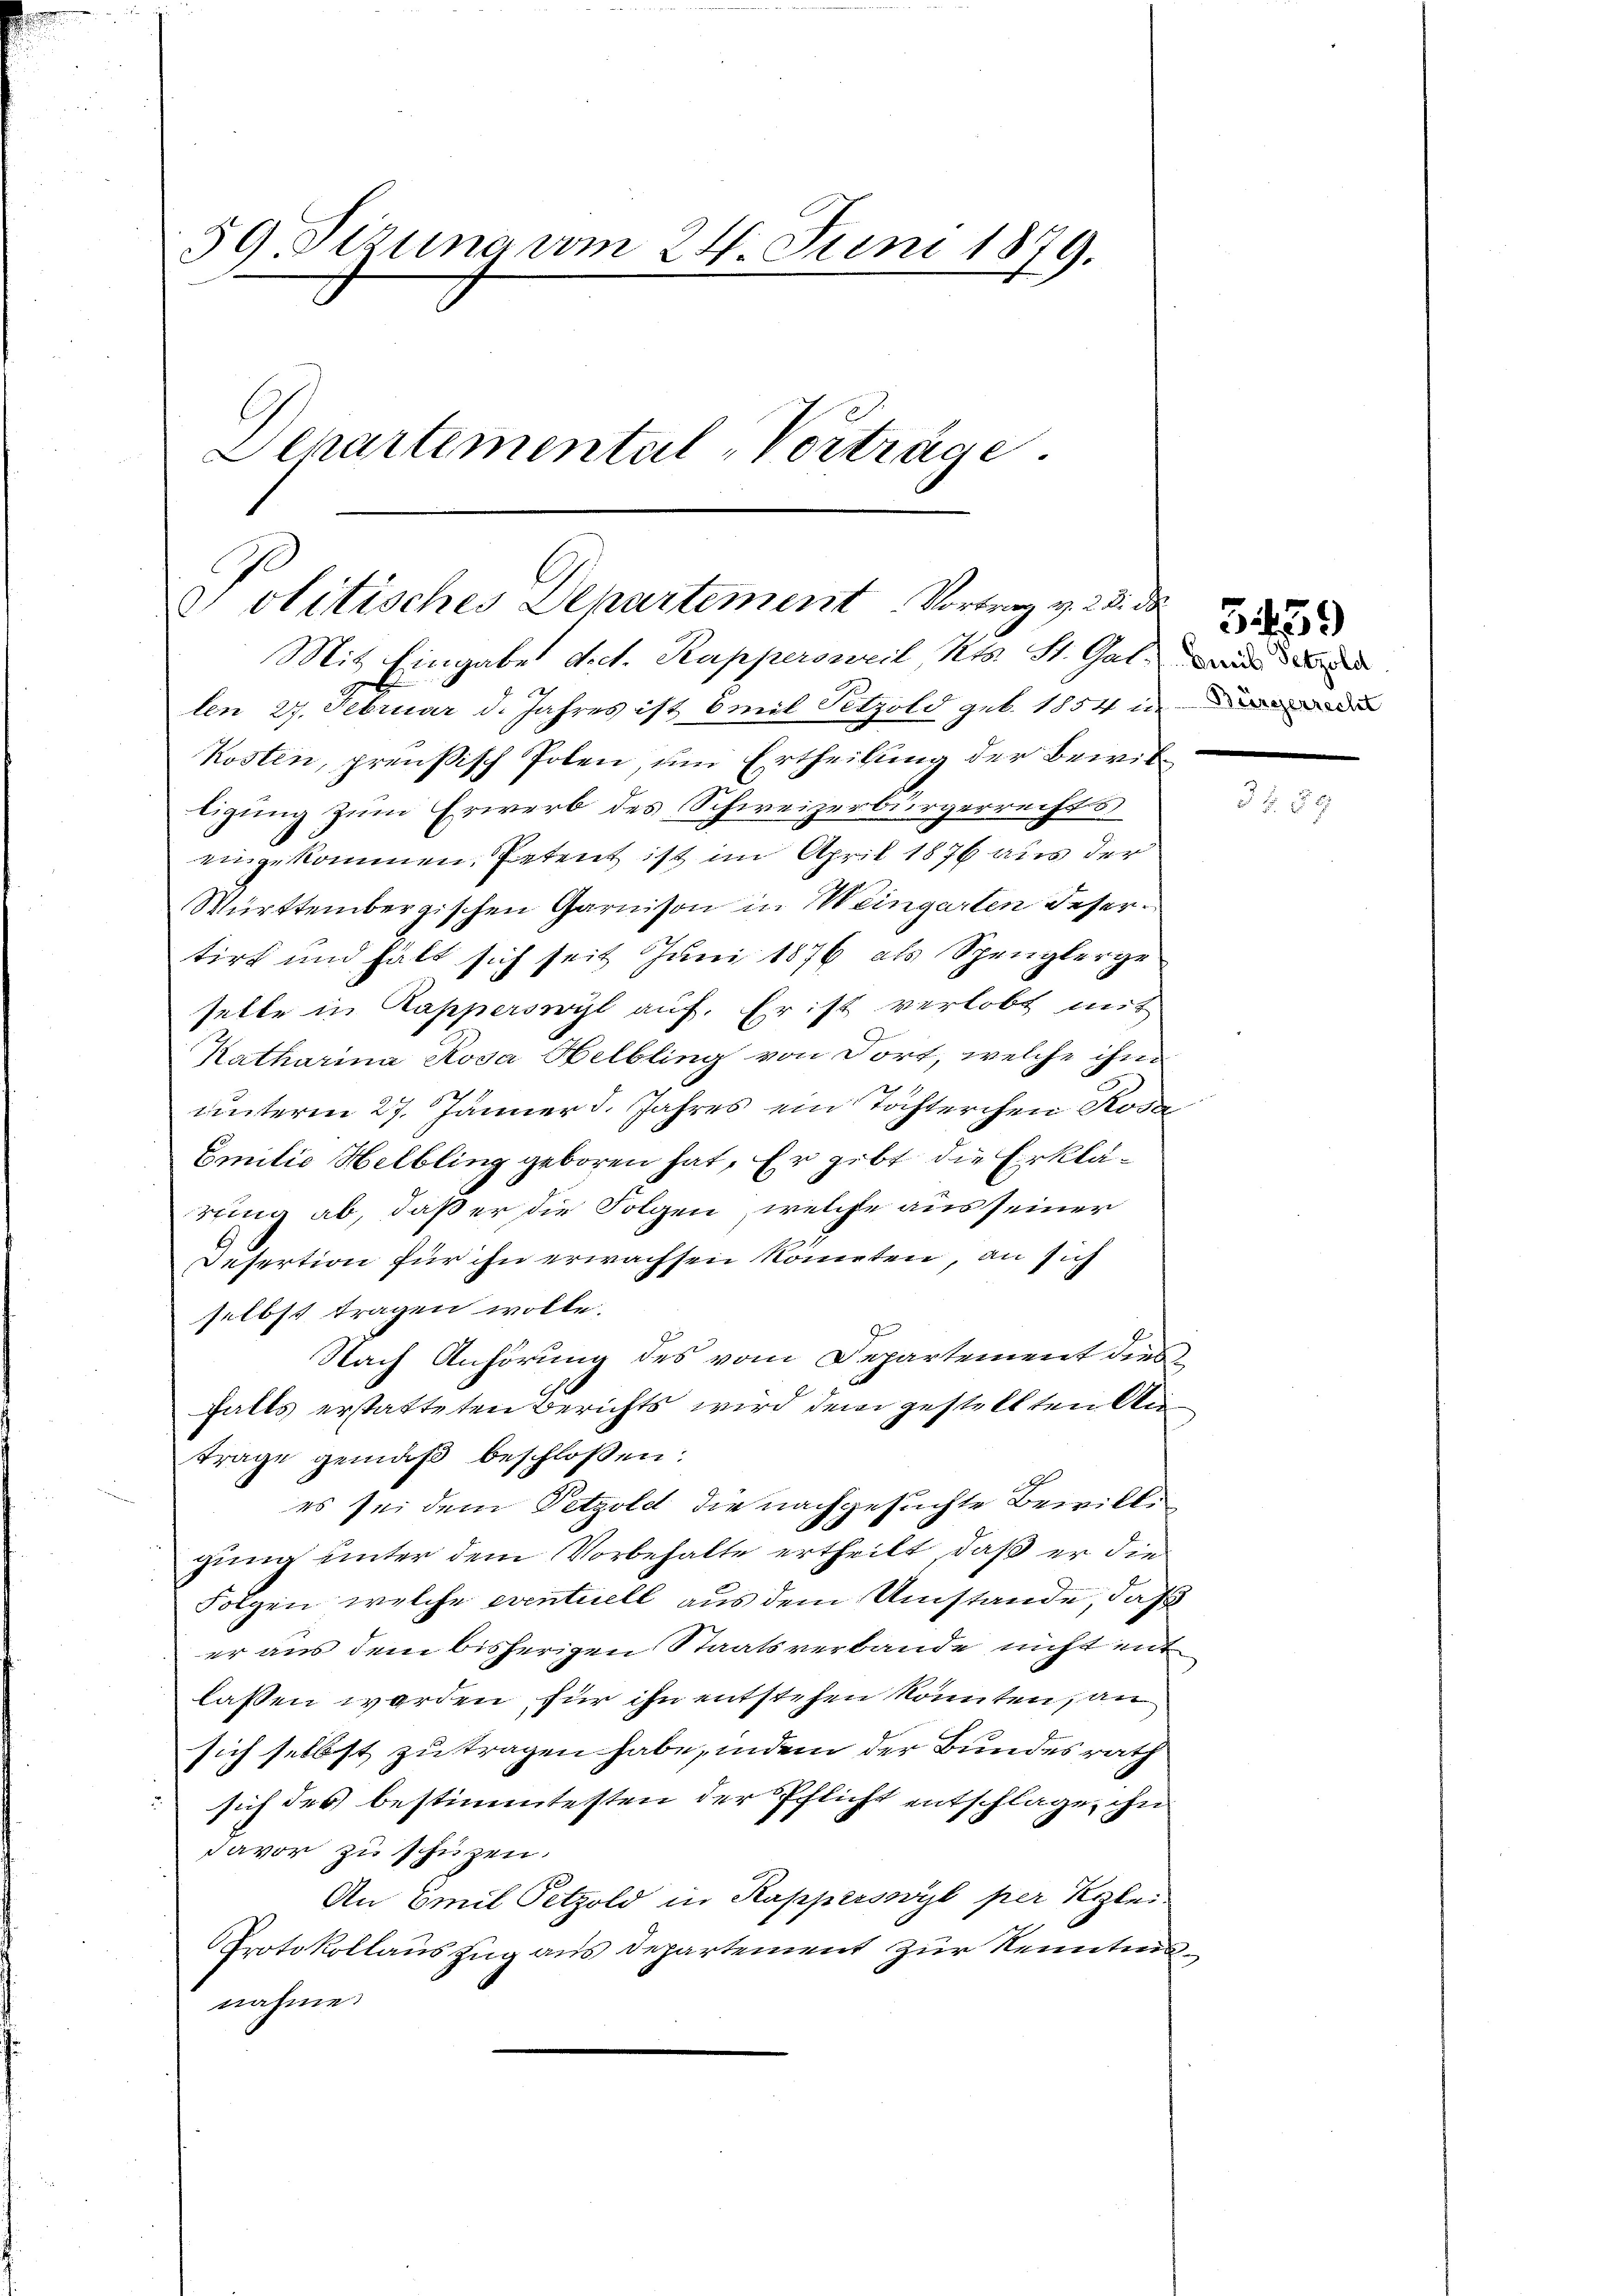
59. Sizung vom 24. Juni 1879.
Schartemental-Vorträge.

Politisches Departement Vortrag v. 28. d
Mit Eingabe dect. Kappersweil, Kts. St. Gal
len 27. Februar d. Jahres ist Emil Tetzold geb. 1854 u

Kosten, preußisch Polen, um Ertheilung der Bewildigung zum Erwerb des Schweizerbürgerrechts
eingekommen. Petent ist im April 1876 aus der
Württembergischen Garnison in Weingarten desertirt und hält sich seit Juni 1876 als Spenglerge
selbe in Kapperswyl auf. Er ist verlobt mit
Katharina Rosa Helbling von dort, welche ihm
unterm 27. Jänner d. Jahres ein Töchterchen Rosa
Emilie Helbling geboren hat. Er gibt die Erklärring ab, daß er die Folgen, welche aus seiner
Desertion für ihn erwachsen könnten, an sich
selbst tragen wolle.
J
Nach Anhörung des vom Departement diesfalls erstatteten Berichts wird dem gestellten Au
träge gemäß beschlossen:
es sei dem Petzold die nachgesuchte Bewilligung unter dem Vorbehalte ertheilt, daß er die
Folgen, welche eventuell aus dem Umstände, daß
er aus dem bisherigen Staatsverbande nicht mit
lassen werden, für ihn entstehen könnten, an
sich selbst zu tragen habe, indem der Bundesrath
sich des bestimmtesten der Pflicht entschlage, ihn
davor zu schützen.
An Emil Petzold in Kapperswyl per Klei¬
Protokollauszug aus departement zur Kenntnisnahme.

3